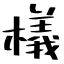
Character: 檥